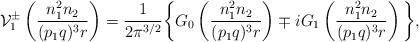
LaTeX: \begin{align*}\mathcal{V}^{\pm}_1 \left(\frac{n_{1}^2 n_{2}}{(p_1q)^3r }\right) = \frac{1}{2\pi^{3/2}}\bigg\{G_{0}\left(\frac{n_{1}^2 n_{2}}{(p_1q)^3r }\right) \mp i G_{1}\left(\frac{n_{1}^2 n_{2}}{(p_1q)^3r }\right)\bigg\},\end{align*}